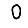
Digit: 0